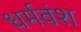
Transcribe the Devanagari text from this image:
धर्मवंश